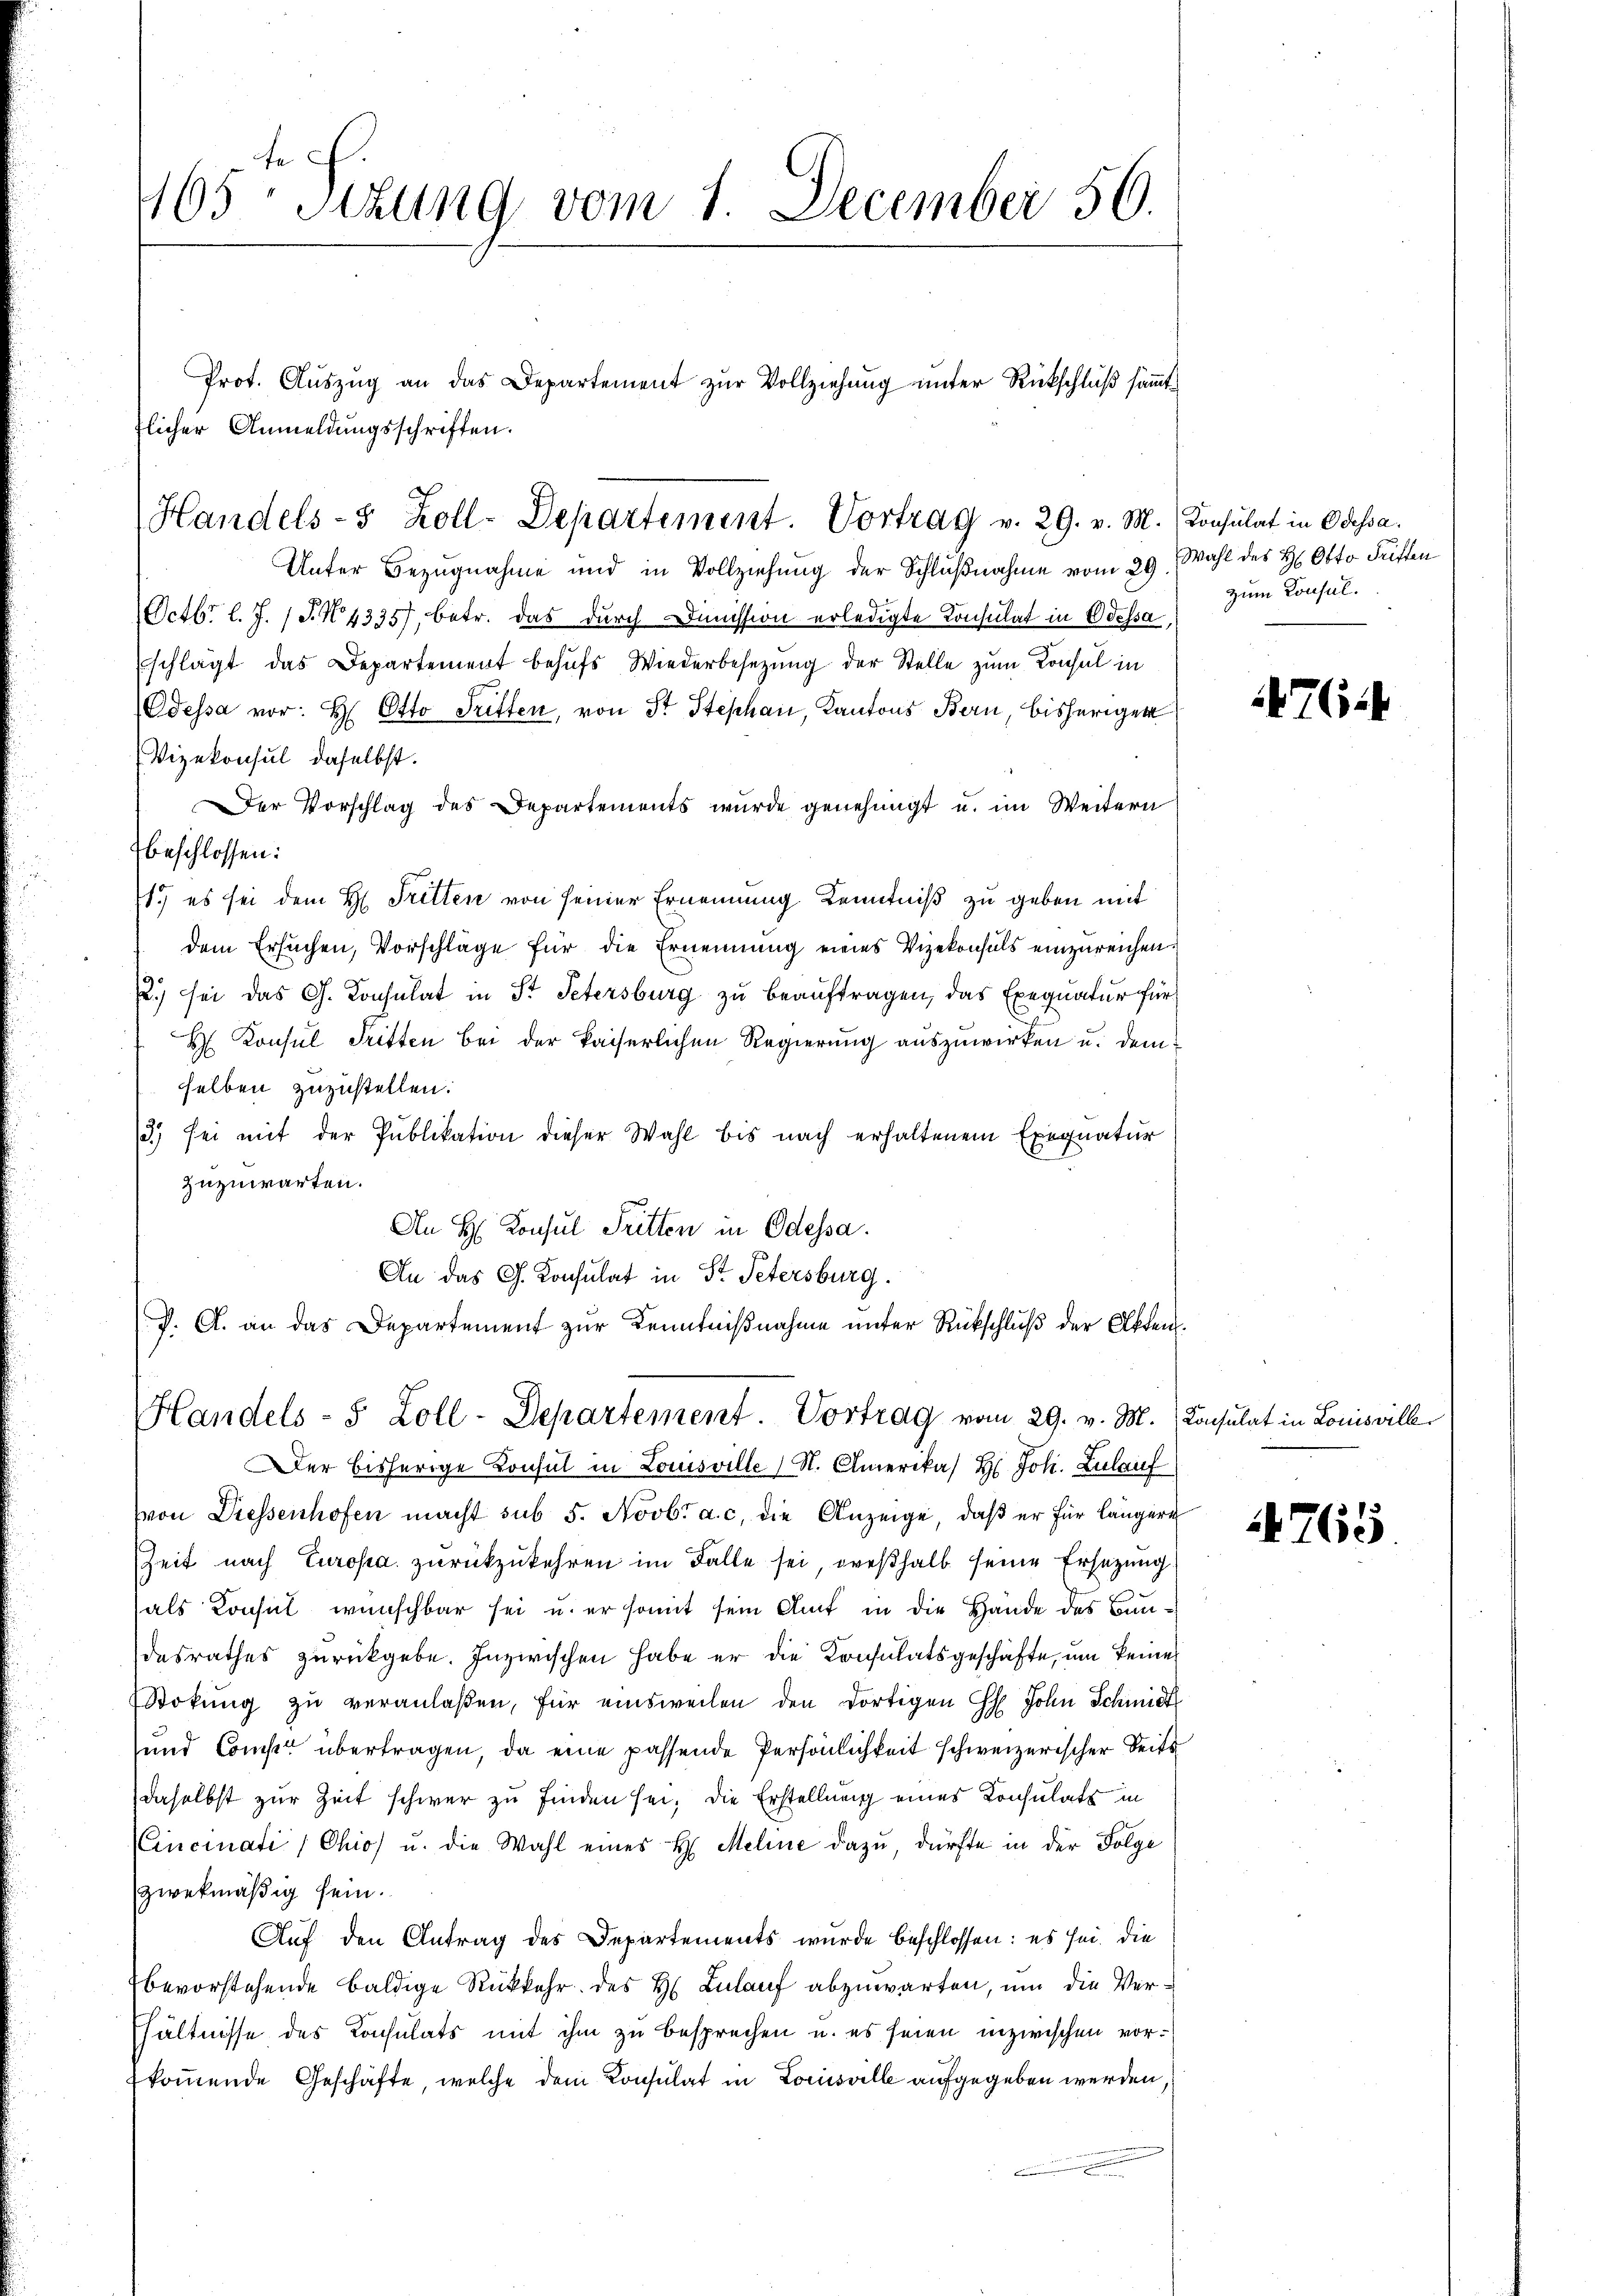
165ten Sizung vom 1. December 50.

Unter Bezugnahme und in Vollziehung der Schlußnahme vom 29.
Octbr. l. J. (T. N. 4335), betr. das durch Dimission erledigte Consulat in Odessa,
schlägt das Departement behufs Wiederbesetzung der Stelle zum Konsul in
Odessa vor: H. Otto Tritten, von St. Stephan, Kantons Bern, bisherigen
Vizekonsul daselbst.
Der Vorschlag des Departements wurde genehmigt u. im Weitern
beschlossen:
1.) es sei dem H. Tritten von seiner Ernennung Kenntniß zu geben mit
dem Ersuchen, Vorschläge für die Ernennung eines Vizekonsuls einzureichen.
.) sei das G. Konsulat in St. Petersburg zu beauftragen, das Exequatur für
H Konsul Tritten bei der kaiserlichen Regierung auszuwirken u. demselben zuzustellen.
13) sei mit der Publikation dieser Wahl bis nach erhaltenem Exequatur
zuzuwarten.
An H. Konsul Tritten in Odessa.
An das G. Konsulat in Dr. Petersburg.
J. A. an das Departement zur Kenntnißnahme unter Rückschluß der Akten.

zlicher Anmeldungsschriften.
Handels- 5 Zoll-Departement. Vortrag v. 29. v. M. Konsulat in Odessa.

Handels- 5 Zoll-Departement. Vortrag vom 29. v. M. Konsulat in Louisvill

Prot. Aŭszŭg an das Departement zŭr Vollziehŭng ŭnter Rückschlŭβ sämmt

Der bisherige Konsul in Louisville (N. Amerika H: Joh. Zulauf
(von Diessenhofen macht sub 5. Novbr a. c. die Anzeige, daß er für längere
ZZeit nach Europa zurückzukehren im Falle sei, weßhalb seine Ersetzung
als Konsul wünschbar sei u. er somit sein Amt in die Hände des Bundesrathes zurückgebe. Inzwischen habe er die Konsulatsgeschäfte, um keiner
Stokŭng zŭ veranlaßen, für einsweilen den dortigen H. John Schmidt
und Compt übertragen, da eine passende Persönlichkeit schweizerischer Seite
daselbst zur Zeit schwer zu finden sei; die Erstellung eines Konsulats in
Cincinati (Chio u. die Wahl eines H. Meline dazu, dürfte in der Folge
zwekmäßig sein.
Auf den Antrag des Departements wurde beschlossen: es sei. die
bevorstehende baldige Rückkehr des H. Zulauf abzuwarten, um die Verhältnisse des Consulats mit ihm zu besprechen u. es seien inzwischen vorkommende Geschäfte, welche dem Konsulat in Louisville aufgegeben werden.

Wahl des H. Otto Triften
zum Konsul.

4764

765